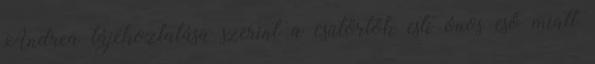
Andrea tájékoztatása szerint a csütörtök esti ónos eső miatt